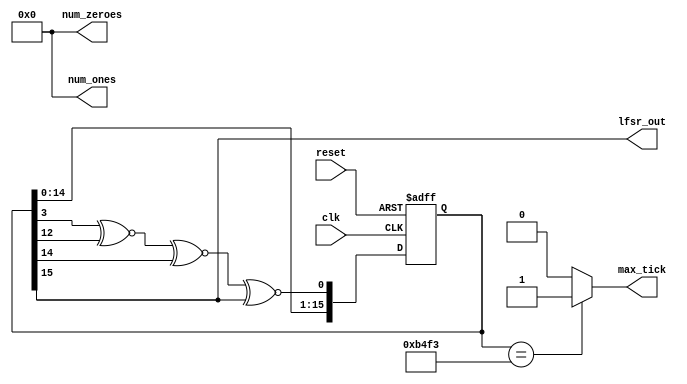
`timescale 1ns / 1ps

module LFSB(
    input wire clk,
    input wire reset,
	 output wire lfsr_out,
	 output wire max_tick,
	 output wire [15:0] num_ones,
	 output wire [15:0] num_zeroes
    );

	localparam seed = 16'b1011010011110011;
	reg [15:0] lfsr_reg; //curent values in register
	reg [15:0] lfsr_next; //next pos for values
	reg lfsr_tap; //tap - input to LFSR
	reg [15:0] num_1; // number of 1
	reg [15:0] num_0; //  number of 0
	
	initial //initialise counts to zero
	begin
	num_0 = 15'b0;
	num_1 = 15'b0;
	end
	
	always @(negedge max_tick) //Reset count on maxtick and reset
	begin
		num_0 = 15'b0;
		num_1 = 15'b0;
	end
	
	//clock
	always @(posedge clk, posedge reset)
		if(reset) //when reset, store seed in register
		lfsr_reg <= seed;
		else
		begin
			if(lfsr_out) //if MSB is 1, add 1 to num_ones
			num_1 = num_1 + 1;
			else			//if MSB is 0, add 0 to num_zero
			num_0 = num_0 + 1;
		lfsr_reg <= lfsr_next; //update register
		end
		
		
		
		
	always @*
		begin
		lfsr_tap = lfsr_reg[3] ~^ lfsr_reg[12] ~^ lfsr_reg[14] ~^ lfsr_reg[15]; //tap logic
		lfsr_next = {lfsr_reg[14:0], lfsr_tap}; //shift register
		end
			
	assign max_tick = {lfsr_reg == seed} ? 1'b1 : 1'b0;
	assign lfsr_out = lfsr_reg[15];
	assign num_ones = num_1;
	assign num_zeroes = num_0;
	
endmodule